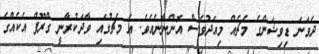
ދެވަނަ ޑިވިޝަންގެ މެޗެއް މިއަދުވެސް އޮންނާނެއެވެ. އެ މެޗުގައި ވާދަކުރާނީ ގްރޫޕް އެކެއްގެ